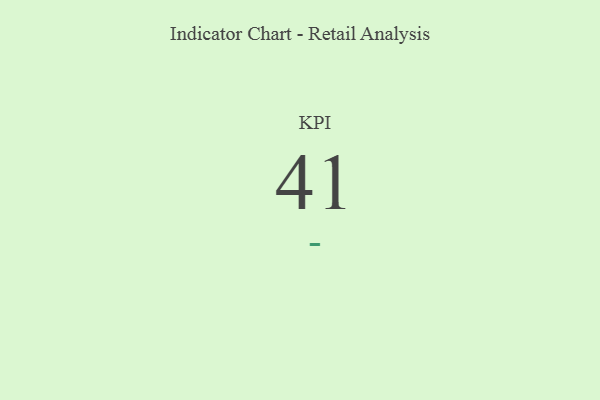
{"axis": {"x": "KPI", "y": "Value"}, "legend": [""], "data": [{"x": "KPI", "y": 41, "type": ""}]}